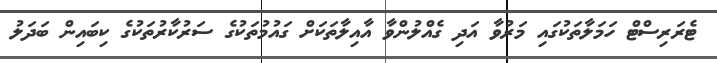
ޓެރަރިސްޓް ހަމަލާތަކުގައި މަރުވާ އަދި ގެއްލުންވާ އާއިލާތަކަށް ގައުމުތަކުގެ ސަރުކާރުތަކުގެ ކިބައިން ބަދަލު